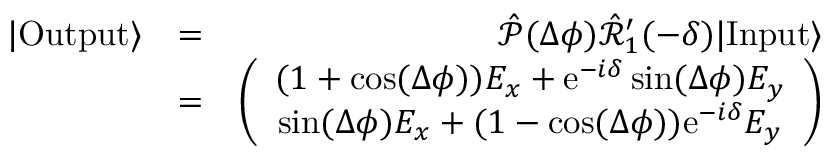
\begin{array} { r l r } { | \mathrm { O u t p u t } \rangle } & { = } & { \hat { \mathcal { P } } ( \Delta \phi ) \hat { \mathcal { R } } _ { 1 } ^ { \prime } ( - \delta ) | \mathrm { I n p u t } \rangle } \\ & { = } & { \left( \begin{array} { c } { ( 1 + \cos ( \Delta \phi ) ) E _ { x } + \mathrm { e } ^ { - i \delta } \sin ( \Delta \phi ) E _ { y } } \\ { \sin ( \Delta \phi ) E _ { x } + ( 1 - \cos ( \Delta \phi ) ) \mathrm { e } ^ { - i \delta } E _ { y } } \end{array} \right) } \end{array}